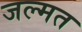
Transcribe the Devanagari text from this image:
जल्मत